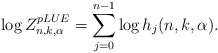
\begin{align*}\log Z_{n,k,\alpha}^{pLUE}=\sum_{j=0}^{n-1}\log h_j(n,k,\alpha).\end{align*}